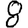
Digit: 8